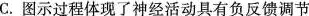
C.图示过程体现了神经活动具有负反馈调节